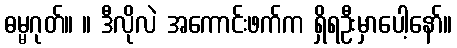
ဓမ္မဂုတ်။ ။ ဒီလိုလဲ အကောင်းဖက်က ရှိရဦးမှာပေါ့နော်။